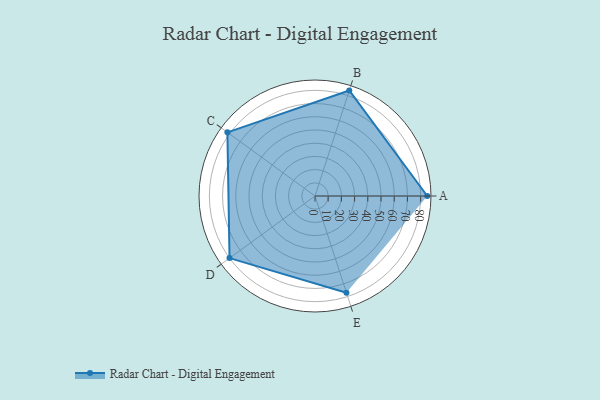
{"axis": {"x": "Skill", "y": "Score"}, "legend": ["Profile"], "data": [{"x": "A", "y": 85.0, "type": "Profile"}, {"x": "B", "y": 84.0, "type": "Profile"}, {"x": "C", "y": 82.0, "type": "Profile"}, {"x": "D", "y": 80.0, "type": "Profile"}, {"x": "E", "y": 77.0, "type": "Profile"}]}